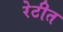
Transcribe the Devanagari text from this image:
रेटीत